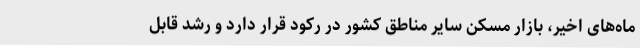
ماه‌های اخیر، بازار مسکن سایر مناطق کشور در رکود قرار دارد و رشد قابل